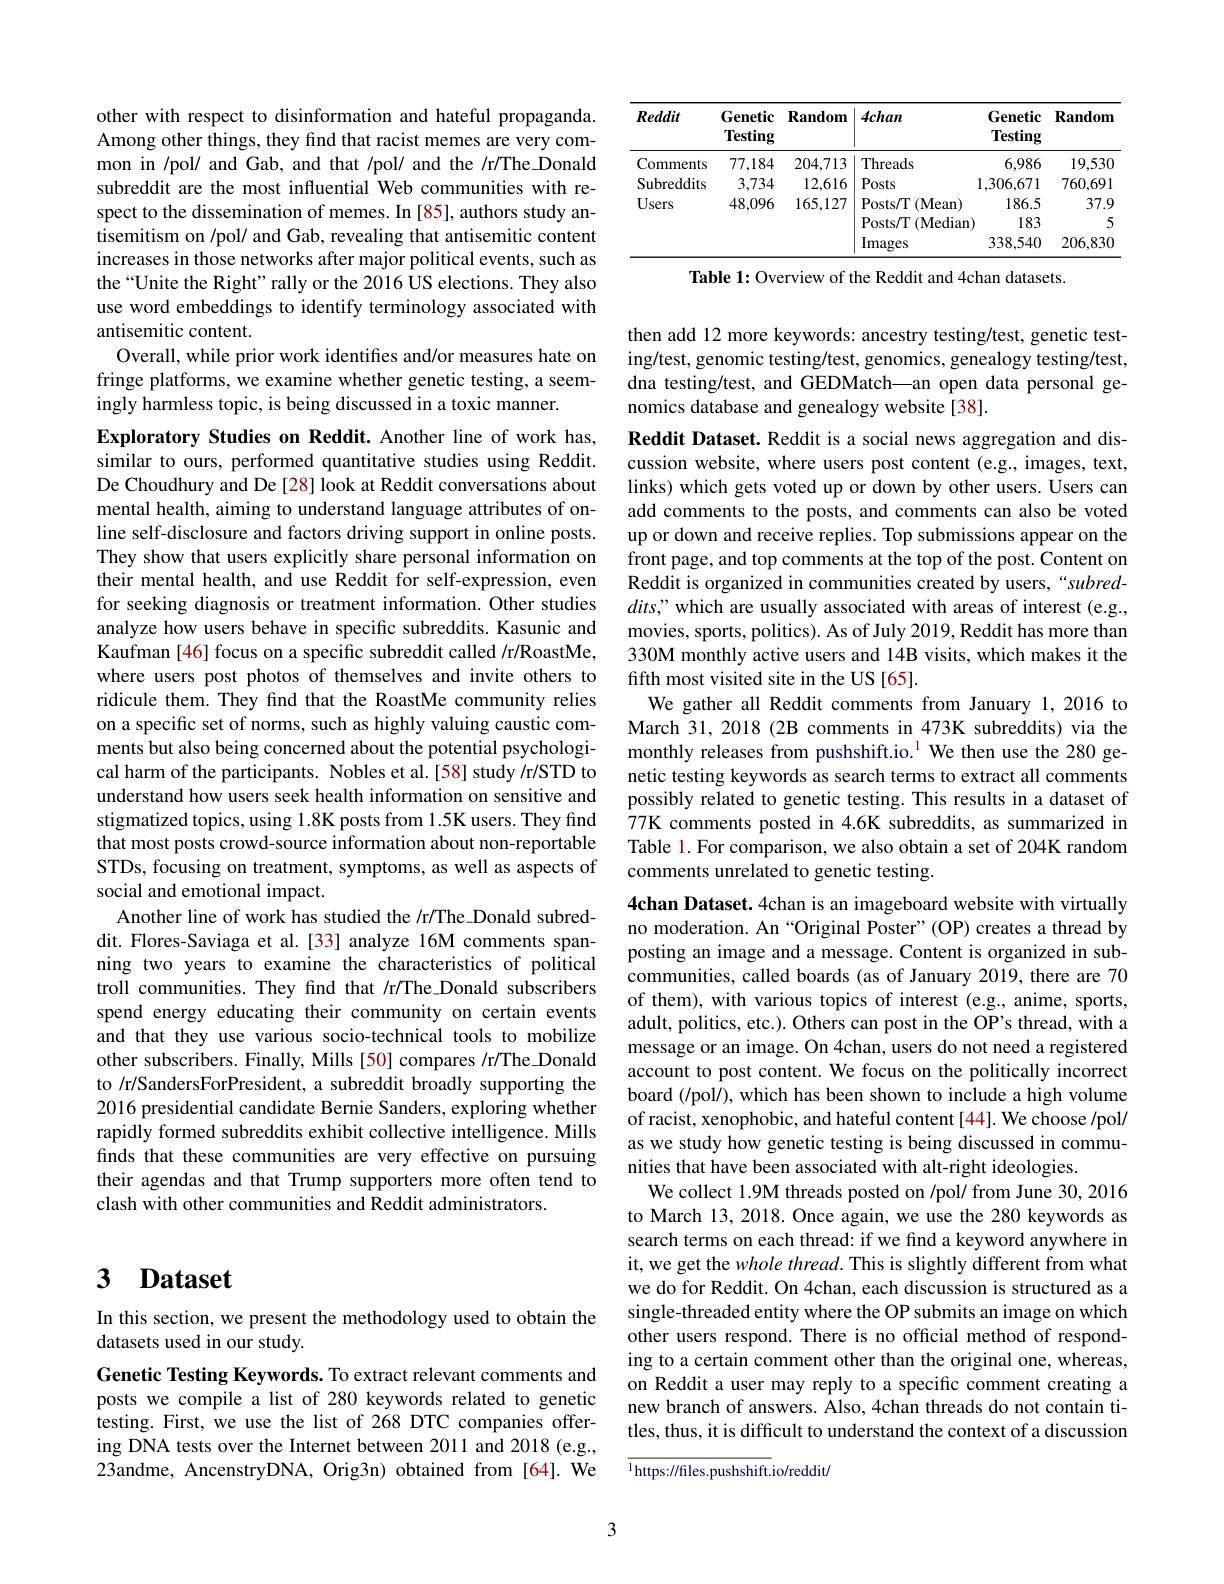
other with respect to disinformation and hateful propaganda. Among other things, they find that racist memes are very common in /pol/ and Gab, and that /pol/ and the /r/The\_Donald subreddit are the most influential Web communities with respect to the dissemination of memes. In [85], authors study antisemitism on /pol/ and Gab, revealing that antisemitic content increases in those networks after major political events, such as the “Unite the Right" rally or the 2016 US elections. They also use word embeddings to identify terminology associated with antisemitic content.
Overall, while prior work identifes and/or measures hate on fringe platforms, we examine whether genetic testing, a seemingly harmless topic, is being discussed in a toxic manner.

Exploratory Studies on Reddit. Another line of work has, similar to ours, performed quantitative studies using Reddit. De Choudhury and De [28] look at Reddit conversations about mental health, aiming to understand language attributes of online self-disclosure and factors driving support in online posts. They show that users explicitly share personal information on their mental health, and use Reddit for self-expression, even for seeking diagnosis or treatment information. Other studies analyze how users behave in specific subreddits. Kasunic and Kaufman [46] focus on a specific subreddit called /r/RoastMe, where users post photos of themselves and invite others to ridicule them. They find that the RoastMe community relies on a specific set of norms, such as highly valuing caustic comments but also being concerned about the potential psychological harm of the participants. Nobles et al.[58] study /r/STD to understand how users seek health information on sensitive and stigmatized topics, using 1.8K posts from 1.5K users. They find that most posts crowd-source information about non-reportable STDs, focusing on treatment, symptoms, as well as aspects of social and emotional impact.
Another line of work has studied the /r/The Donald subreddit. Flores-Saviaga et al.[33] analyze 16M comments spanning two years to examine the characteristics of political troll communities. They find that /r/The\_Donald subscribers spend energy educating their community on certain events and that they use various socio-technical tools to mobilize other subscribers. Finally, Mills [50] compares /r/The\_Donald to /r/SandersForPresident, a subreddit broadly supporting the 2016 presidential candidate Bernie Sanders, exploring whether rapidly formed subreddits exhibit collective intelligence. Mills finds that these communities are very effective on pursuing their agendas and that Trump supporters more often tend to clash with other communities and Reddit administrators.

# 3 Dataset

In this section, we present the methodology used to obtain the
datasets used in our study.

Genetic Testing Keywords. To extract relevant comments and posts we compile a list of 280 keywords related to genetic testing. First, we use the list of 268 DTC companies offering DNA tests over the Internet between 2011 and 2018 (e.g., 23andme, AncenstryDNA, Orig3n) obtained from [64]. We

<table>
	<tbody>
		<tr>
			<th>Reddit</th>
			<th>Genetic Testing</th>
			<th>$\mathbf{Random}$</th>
			<th>$4chan$</th>
			<th>Genetic Testing</th>
			<th>$\mathbf{Random}$</th>
		</tr>
		<tr>
			<td>Comments</td>
			<td>77,184</td>
			<td>204,713</td>
			<td>Threads</td>
			<td>6,986</td>
			<td>19,530</td>
		</tr>
		<tr>
			<td>Subreddits</td>
			<td>3,734</td>
			<td>12,616</td>
			<td>Posts</td>
			<td>1,306,671</td>
			<td>760,691</td>
		</tr>
		<tr>
			<td rowspan="3">Users</td>
			<td>48,096</td>
			<td>165,127</td>
			<td>Posts/ T(Mean)</td>
			<td>186.5</td>
			<td>37.9</td>
		</tr>
		<tr>
			<td> </td>
			<td> </td>
			<td>Posts/T $(\mathbf{M})$edian</td>
			<td>183</td>
			<td>5</td>
		</tr>
		<tr>
			<td> </td>
			<td> </td>
			<td>Images</td>
			<td>338,540</td>
			<td>206,830</td>
		</tr>
	</tbody>
</table>

Table 1: Overview of the Reddit and 4chan datasets.

then add 12 more keywords: ancestry testing/test, genetic testing/test, genomic testing/test, genomics, genealogy testing/test, dna testing/test, and GEDMatch—an open data personal genomics database and genealogy website [38].

Reddit Dataset. Reddit is a social news aggregation and discussion website, where users post content (e.g., images, text, links) which gets voted up or down by other users. Users can add comments to the posts, and comments can also be voted up or down and receive replies. Top submissions appear on the front page, and top comments at the top of the post. Content on Reddit is organized in communities created by users,“subred- $dits$," which are usually associated with areas of interest (e.g., movies, sports, politics). As of July 2019, Reddit has more than 330M monthly active users and 14B visits, which makes it the fifth most visited site in the US [65].
We gather all Reddit comments from January 1,2016 to March 31, 2018 (2B comments in 473K subreddits) via the monthly releases from pushshift.io.$^{1}$ We then use the 280 genetic testing keywords as search terms to extract all comments possibly related to genetic testing. This results in a dataset of 77K comments posted in 4.6K subreddits, as summarized in Table 1. For comparison, we also obtain a set of 204K random comments unrelated to genetic testing.

4chan Dataset. 4chan is an imageboard website with virtually no moderation. An“Original Poster”(OP) creates a thread by posting an image and a message. Content is organized in subcommunities, called boards (as of January 2019, there are 70 of them), with various topics of interest (e.g., anime, sports, adult, politics, etc.). Others can post in the OP's thread, with a message or an image. On 4chan, users do not need a registered account to post content. We focus on the politically incorrect board (/pol/), which has been shown to include a high volume of racist, xenophobic, and hateful content [44]. We choose /pol/ as we study how genetic testing is being discussed in communities that have been associated with alt-right ideologies.
We collect 1.9M threads posted on /pol/ from June 30, 2016 to March 13, 2018. Once again, we use the 280 keywords as search terms on each thread: if we find a keyword anywhere in it, we get the whole thread. This is slightly different from what we do for Reddit. On 4chan, each discussion is structured as a single-threaded entity where the OP submits an image on which other users respond. There is no official method of responding to a certain comment other than the original one, whereas, on Reddit a user may reply to a specific comment creating a new branch of answers. Also, 4chan threads do not contain titles, thus, it is difficult to understand the context of a discussion

${\overline{^{1}{\mathrm{https:}}//\mathrm{files.pushshift.}}}$io/reddit/

3